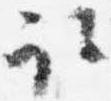
取